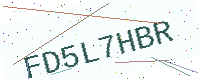
Text: FD5L7HBR